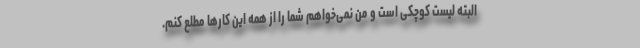
البته لیست کوچکی است و من نمی‌خواهم شما را از همه این کارها مطلع کنم.